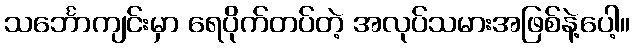
သင်္ဘောကျင်းမှာ ရေပိုက်တပ်တဲ့ အလုပ်သမားအဖြစ်နဲ့ပေါ့။